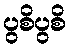
ပွစိပွစိ